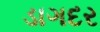
ડાગદર